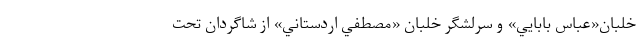
خلبان«عباس بابايي» و سرلشگر خلبان «مصطفي اردستاني» از شاگردان تحت